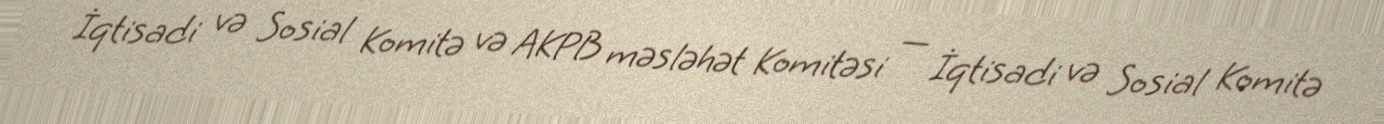
İqtisadi və Sosial Komitə və AKPB məsləhət Komitəsi — İqtisadi və Sosial Komitə